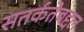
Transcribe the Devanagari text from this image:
सतर्कतेबद्दल